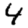
Digit: 4